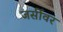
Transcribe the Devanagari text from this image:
जर्सीवर